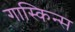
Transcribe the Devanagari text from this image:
गास्किन्स